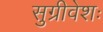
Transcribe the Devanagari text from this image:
सुग्रीवेशः